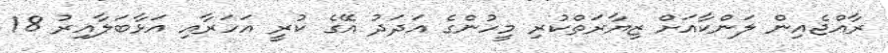
ރާއްޖެއިން ލަންކާއަށް ޒިޔާރަތްކުރި މީހުންގެ އަދަދު އޭގެ ކުރީ އަހަރާއި އަޅާބަލާއިރު 18